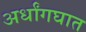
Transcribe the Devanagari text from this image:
अर्धांगघात